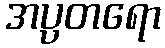
အပ္ပတရော